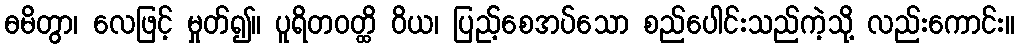
ဓမိတွာ၊ လေဖြင့် မှုတ်၍။ ပူရိတဝတ္ထိ ဝိယ၊ ပြည့်စေအပ်သော စည်ပေါင်းသည်ကဲ့သို့ လည်းကောင်း။